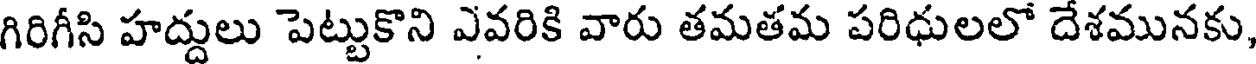
గిరిగీసి హద్దులు పెట్టుకొని ఎవరికి వారు తమతమ పరిధులలో దేశమునకు,